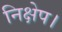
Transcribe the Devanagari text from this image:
निक्षेप।